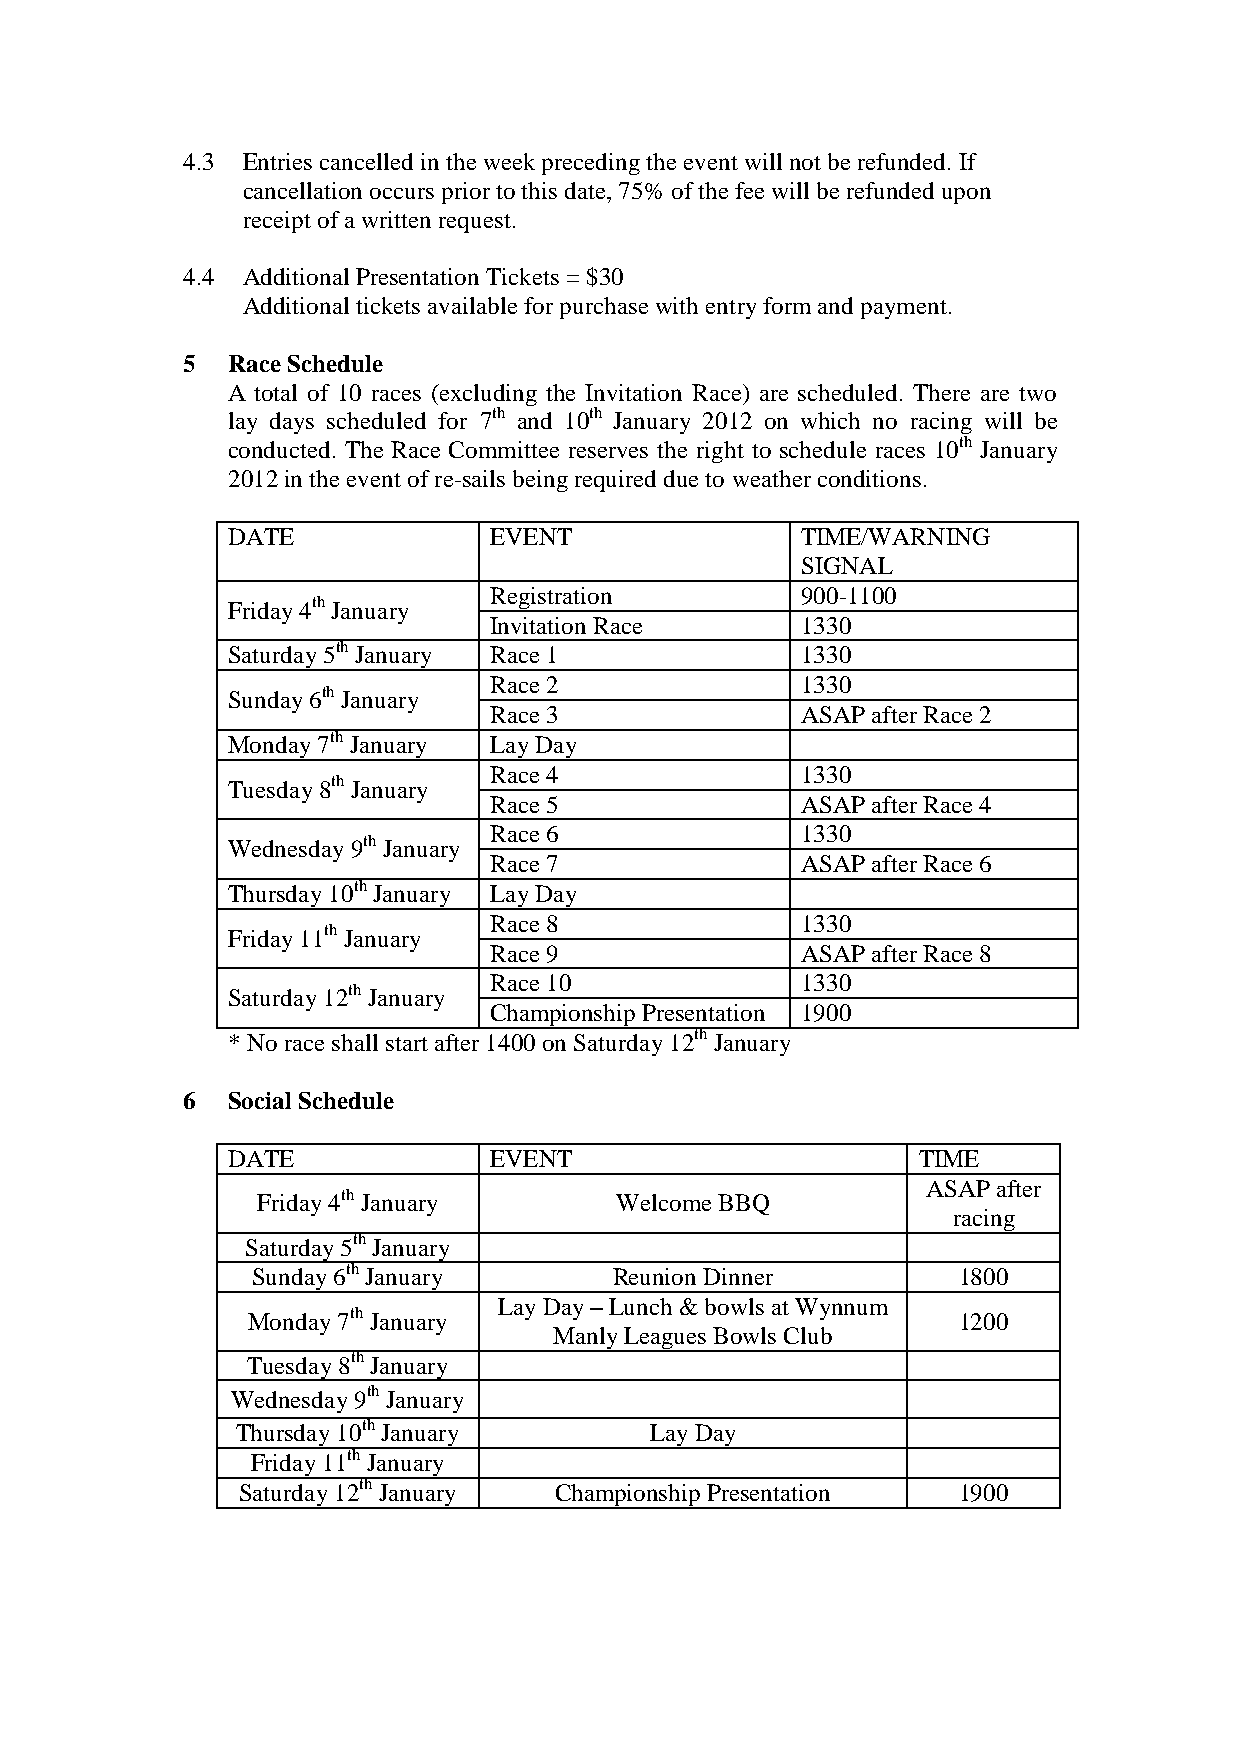
4.3 Entries cancelled in the week preceding the event will not be refunded. If
 cancellation occurs prior to this date, 75% of the fee will be refunded upon
 receipt of a written request.
 4.4 Additional Presentation Tickets = $30
 Additional tickets available for purchase with entry form and payment.
 5  Race Schedule
 A total of 10 races (excluding the Invitation Race) are scheduled. There are two
 lay days scheduled for 7th and 10th January 2012 on which no racing will be
 conducted. The Race Committee reserves the right to schedule races 10th January
 2012 in the event of re-sails being required due to weather conditions.
 DATE             EVENT                TIME/WARNING
 SIGNAL
 Registration         900-1100
 Friday 4th January
 Invitation Race      1330
 Saturday 5th January Race 1           1330
 Race 2               1330
 Sunday 6th January
 Race 3               ASAP after Race 2
 Monday 7th January Lay Day
 Race 4               1330
 Tuesday 8th January
 Race 5               ASAP after Race 4
 Race 6               1330
 Wednesday 9th January
 Race 7               ASAP after Race 6
 Thursday 10th January Lay Day
 Race 8               1330
 Friday 11th January
 Race 9               ASAP after Race 8
 Race 10              1330
 Saturday 12th January
 Championship Presentation 1900
 * No race shall start after 1400 on Saturday 12th January
 6  Social Schedule
 DATE             EVENT                        TIME
 ASAP after
 Friday 4th January      Welcome BBQ
 racing
 Saturday 5th January
 Sunday 6th January      Reunion Dinner        1800
 Lay Day – Lunch & bowls at Wynnum
 Monday 7th January                             1200
 Manly Leagues Bowls Club
 Tuesday 8th January
 Wednesday 9th January
 Thursday 10th January      Lay Day
 Friday 11th January
 Saturday 12th January Championship Presentation 1900